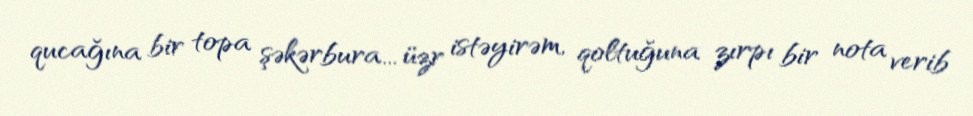
qucağına bir topa şəkərbura... üzr istəyirəm, qoltuğuna zırpı bir nota verib